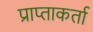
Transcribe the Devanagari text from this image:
प्राप्ताकर्ता